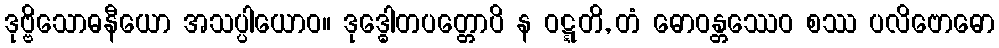
ဒုဗ္ဗိသောဓနီယော အသပ္ပါယောဝ။ ဒုဒ္ဓေါတပတ္တောပိ န ဝဋ္ဋတိ, တံ ဓောဝန္တဿေဝ စဿ ပလိဗောဓော